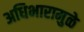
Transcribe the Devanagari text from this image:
अधिभारामुळे